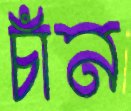
চাঁন